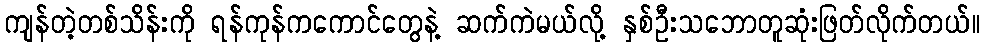
ကျန်တဲ့တစ်သိန်းကို ရန်ကုန်ကကောင်တွေနဲ့ ဆက်ကဲမယ်လို့ နှစ်ဦးသဘောတူဆုံးဖြတ်လိုက်တယ်။